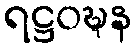
ရဋ္ဌဝဍ္ဎန